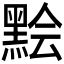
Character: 𪑅